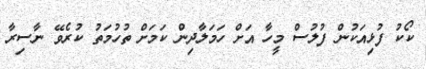
ކޯކު ފުޅިއަކުން ފުލުސް މީހާ އަށް ހަމަލާދިން ކަމަށް ތުހުމަތު ކުރެވޭ ނާސިރާ